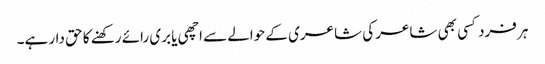
ہر فرد کسی بھی شاعر کی شاعری کے حوالے سے اچھی یا بری رائے رکھنے کا حق دار ہے۔